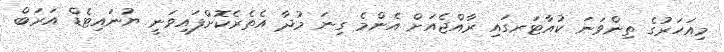
މިއަހަރުގެ ތިންވަނަ ކުއާޓަރގައި ރާއްޖެއަށް އެންމެ ގިނަ މުދާ އެތެރެކޮށްފައިވަނީ ޔުނައިޓެޑް އަރަބް